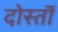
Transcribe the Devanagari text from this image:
दोस्तॊं